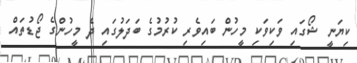
ކިޔަނީ ޝޯގައި ވަކިވަކި މީހުން ބައިވެރި ކުރުމުގެ ބަދަލުގައި ދެ މީހުންގެ ޖޯޑުތައް